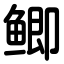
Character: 鲫